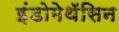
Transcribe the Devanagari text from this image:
इंडोमेथॅसिन